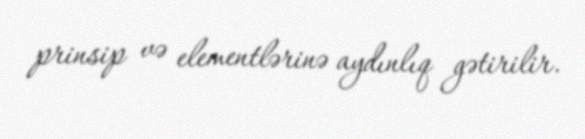
prinsip və elementlərinə aydınlıq gətirilir.